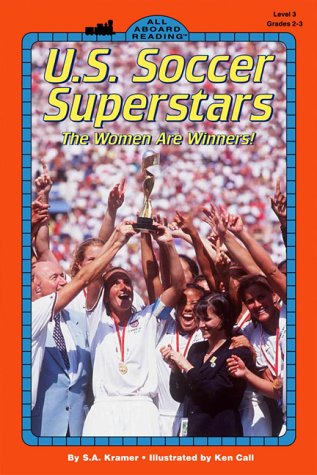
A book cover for U.S. Soccer Superstars: The Women Are Winners! (All Aboard Reading); S. A. Kramer; Children's Books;